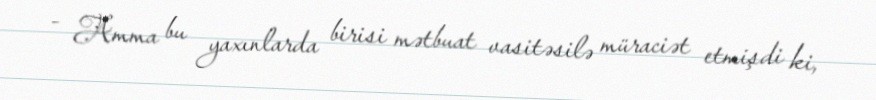
- Amma bu yaxınlarda birisi mətbuat vasitəsilə müraciət etmişdi ki,